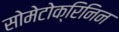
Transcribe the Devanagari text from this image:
सोमेटोक्रिनिन